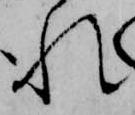
れ